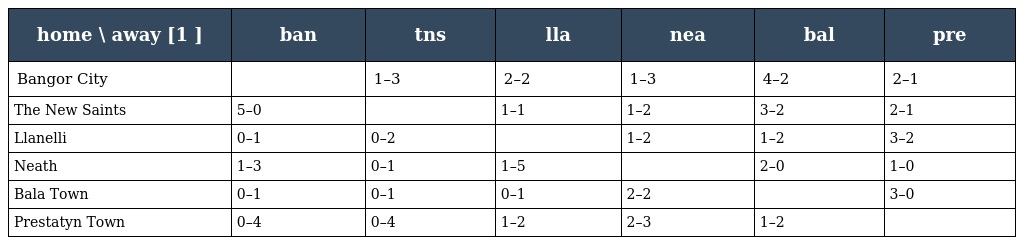
| home \ away [1 ] | ban | tns | lla | nea | bal | pre |
 | --- | --- | --- | --- | --- | --- | --- |
 | Bangor City |  | 1–3 | 2–2 | 1–3 | 4–2 | 2–1 |
 | The New Saints | 5–0 |  | 1–1 | 1–2 | 3–2 | 2–1 |
 | Llanelli | 0–1 | 0–2 |  | 1–2 | 1–2 | 3–2 |
 | Neath | 1–3 | 0–1 | 1–5 |  | 2–0 | 1–0 |
 | Bala Town | 0–1 | 0–1 | 0–1 | 2–2 |  | 3–0 |
 | Prestatyn Town | 0–4 | 0–4 | 1–2 | 2–3 | 1–2 |  |